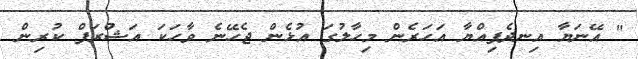
" އޭނަޔާ އިނދެފިއްޔާ އަހަރެން މިހާލުގަ އުޅެން ޖެހޭނެ ވާހަކަ އަޝްރަފް ކުރިން